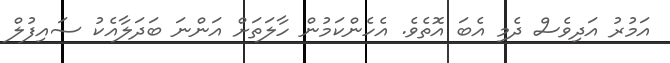
އަމުރު އަދިވެސް ދެމި އެބަ އޮތެވެ. އެހެންކަމުން ހާލަތަށް އަންނަ ބަދަލާއެކު ސައިފުލް